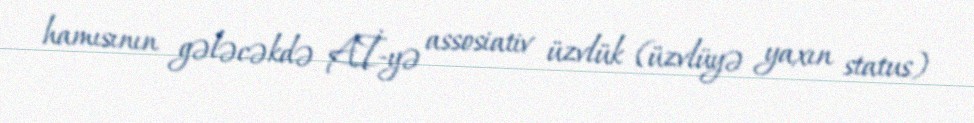
hamısının gələcəkdə Aİ-yə assosiativ üzvlük (üzvlüyə yaxın status)